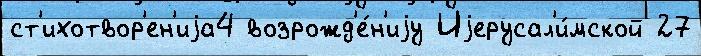
ст'ихотвор'ен'иjа4 возрожд'е́н'иjу Иjерусал'и́мской 27